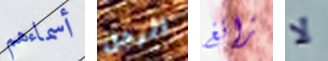
أسماءهم الرجل زانغ لا